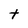
Character: t